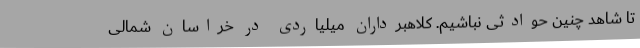
تا شاهد چنین حوادثی نباشیم. کلاهبرداران میلیاردی در خراسان شمالی